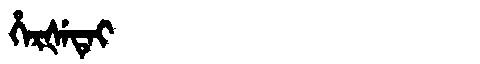
Manchu: ᡥᡝᡵᡧᡝᡨᡝᡳ
Romanization: HERŠETEI